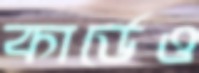
কার্ডেও